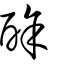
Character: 酴